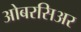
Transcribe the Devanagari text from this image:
ओबरसिअर